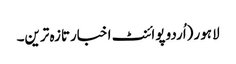
لاہور (اُردو پوائنٹ اخبارتازہ ترین۔